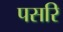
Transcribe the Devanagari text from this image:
पसरि